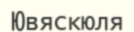
Ювяскюля